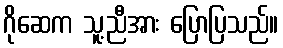
ဂိုဆေက သူ့ညီအား ပြောပြသည်။